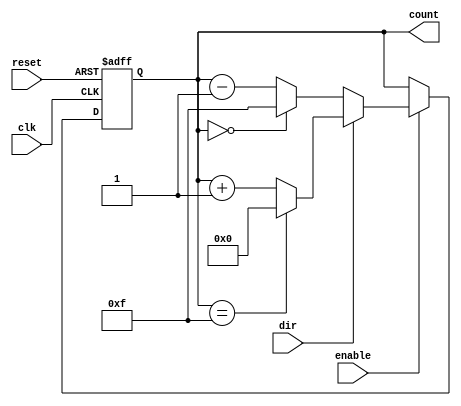
module synchronous_counter #(
    parameter WIDTH = 4,          // Bit width of the counter
    parameter MAX_COUNT = (1 << WIDTH) - 1 // Maximum count value
) (
    input wire clk,               // Clock signal
    input wire reset,             // Asynchronous reset signal
    input wire enable,            // Count enable signal
    input wire dir,               // Count direction (1 for up, 0 for down)
    output reg [WIDTH-1:0] count  // Current count value
);

    // Initial count value
    initial begin
        count = 0;                // Set initial count to 0
    end

    always @(posedge clk or posedge reset) begin
        if (reset) begin
            count <= 0;           // Reset count to 0
        end else if (enable) begin
            if (dir) begin
                // Count up
                if (count == MAX_COUNT) begin
                    count <= 0;   // Wrap around to 0
                end else begin
                    count <= count + 1; // Increment count
                end
            end else begin
                // Count down
                if (count == 0) begin
                    count <= MAX_COUNT; // Wrap around to MAX_COUNT
                end else begin
                    count <= count - 1; // Decrement count
                end
            end
        end
    end

endmodule